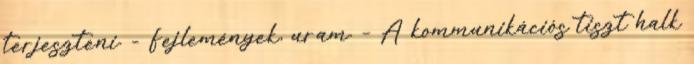
terjeszteni. - Fejlemények, uram. – A kommunikációs tiszt halk